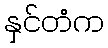
နှင်တံက